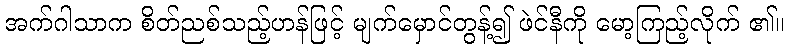
အက်ဂါသာက စိတ်ညစ်သည့်ဟန်ဖြင့် မျက်မှောင်တွန့်၍ ဖဲင်နီကို မော့ကြည့်လိုက် ၏။